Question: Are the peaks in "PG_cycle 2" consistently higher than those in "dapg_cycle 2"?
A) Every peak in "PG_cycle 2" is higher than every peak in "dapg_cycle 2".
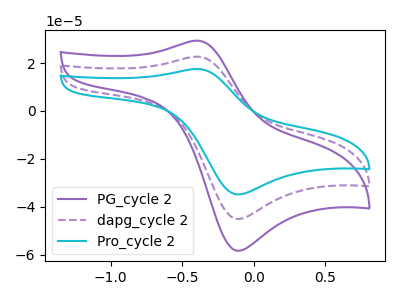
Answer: <think>The purple curve "PG_cycle 2" has an anodic peak at (-0.40V, 29.35uA) and a cathodic peak at (-0.10V, -58.35uA). The purple dashed curve "dapg_cycle 2" has an anodic peak at (-0.40V, 22.70uA) and a cathodic peak at (-0.10V, -45.10uA). The cyan curve "Pro_cycle 2" has an anodic peak at (-0.40V, 45.35uA) and a cathodic peak at (-0.10V, -90.20uA).</think>
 <answer>A) Every peak in "PG_cycle 2" is higher than every peak in "dapg_cycle 2".</answer>
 <eval>A</eval>